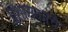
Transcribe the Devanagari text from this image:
प्रशासकाचे